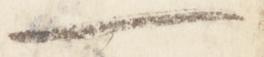
一